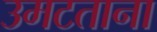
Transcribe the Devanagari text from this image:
उमटताना